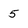
Character: 5